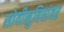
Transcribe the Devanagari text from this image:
सोयीसुविधांवर